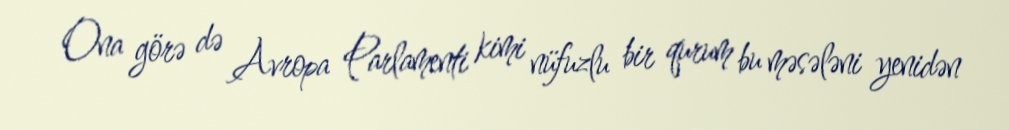
Ona görə də Avropa Parlamenti kimi nüfuzlu bir qurum bu məsələni yenidən